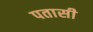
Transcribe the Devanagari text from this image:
पतासी